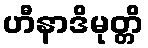
ဟီနာဒိမုတ္တိ